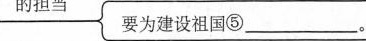
的担当要为建设祖国⑤___。